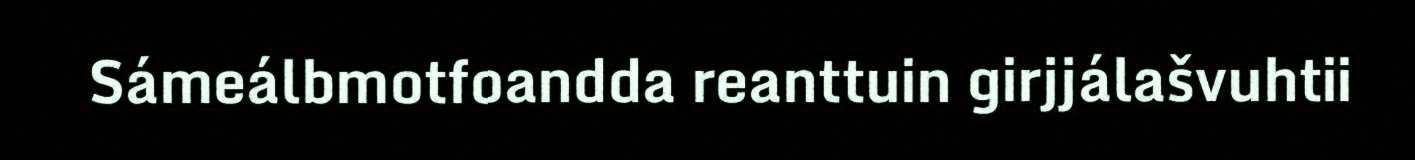
Sámeálbmotfoandda reanttuin girjjálašvuhtii